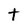
Character: t